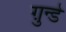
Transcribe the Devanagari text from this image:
ग़ुन्डे